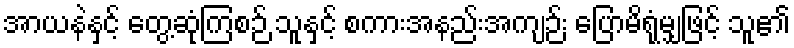
အာယနဲနှင့် တွေ့ဆုံကြစဉ် သူနှင့် စကားအနည်းအကျဉ်း ပြောမိရုံမျှဖြင့် သူ၏